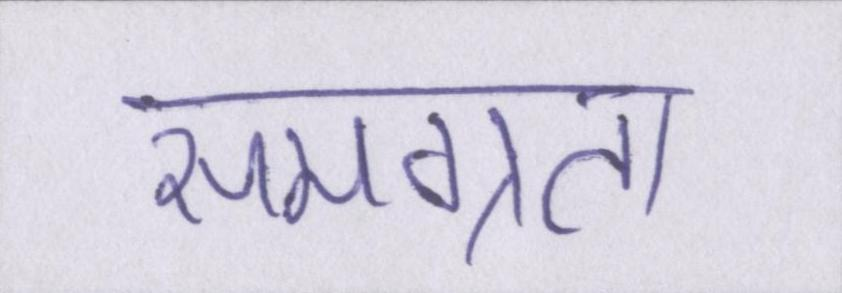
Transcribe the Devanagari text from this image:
समग्रता